Vaccination in Bombay 1902-1912 - 1902-1912
Year: 1902
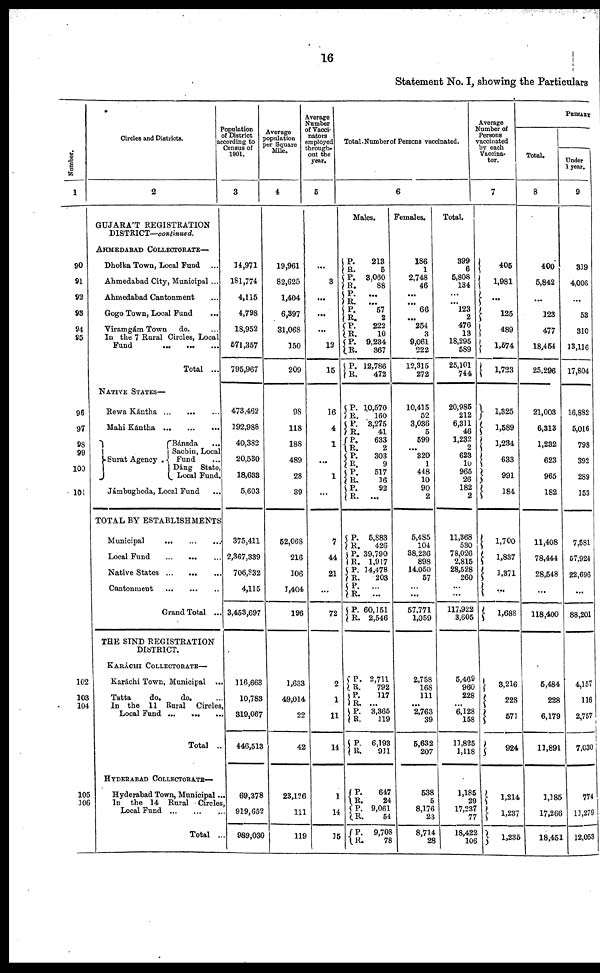
16
Statement No. I, showing the Particulars
Number.
1
90
91
92
93
94
95
96
97
98
99
100
101
102
103
104
105
106
Circles and Districts.
2
GUJARÁT REGISTRATION
DISTRICT—continued.
AHMEDABAD COLLECTORATE—
Dholka Town, Local Fund ...
Ahmedabad City, Municipal ...
Ahmedabad Cantonment ...
Gogo Town, Local Fund ...
Viramgám Town
do. ...
In the 7 Rural Circles, Local
Fund
...
...
...
Total ...
NATIVE STATES—
Rewa Kántha ... ... ...
Mahi Kántha
...
...
...
Surat Agency .
Bánsda ...
Sachin, Local
Fund ...
Dáng State,
Local Fund.
Jámbughoda, Local Fund
...
TOTAL BY ESTABLISHMENTS
Municipal
...
...
...
Local Fund
...
...
...
Native States
...
...
...
Cantonment
...
...
...
Grand Total ...
THE SIND REGISTRATION
DISTRICT.
KARÁCHI COLLECTORATE—
Karáchi Town, Municipal ...
Tatta
do.
do. ...
In the 11 Rural Circles,
Local Fund ... ... ...
Total ...
HYDERABAD COLLECTORATE—
Hyderabad Town, Municipal ...
In the 14 Rural Circles,
Local Fund ... ... ...
Total ...
Population
of District
according to
Census of
1901.
3
14,971
181,774
4,115
4,798
18,952
571,357
795,967
473,462
192,988
40,382
20,530
18,633
5,603
375,411
2,367,339
706,832
4,115
3,453,697
116,663
10,783
319,067
446,513
69,378
919,652
989,030
Average
population
per Square
Mile.
4
19,961
82,625
1,404
6,397
31,068
150
209
98
118
188
489
28
39
52,068
216
106
1,404
196
1,633
49,014
22
42
23,126
111
119
Average
Number
of Vacci-
nators
employed
through-
out the
year.
5
...
3
...
...
...
12
15
16
4
1
...
1
...
7
44
21
...
72
2
1
11
14
1
14
15
Total Number of Persons vaccinated.
6
Males.
P. R.
P. R.
P.
R.
P.
R.
P.
R. P.
R.
P.
R.
P.
R. P.
R. P.
R.
P.
R. P.
R.
P.
R.
P.
R. P.
R.
P.
R. P.
R.
P.
R.
P.
R.
P.
R.
P.
R.
P.
R.
P.
R.
P.
R.
P.
R.
213
5
3,060
88
...
...
57
2
222
10
9,234
367
12,786
472
10,570
160
3,275
41
633
2
303
9
517
16
92
...
5,883
426
39,790
1,917
14,478
203
... ...
60,151
2,546
2,711
792
117
...
3,365
119
6,193
911
647
24
9,061
54
9,708
78
Females.
186
1
2,748
46
...
...
66
...
254
3
9,061
222
12,315
272
10,415
52
3,036
5
599
...
320
1
448
10
90
2
5,485
104
38,236
898
14,050
57
... ...
57,771
1,059
2,758
168
111
...
2,763
39
5,632
207
538
5
8,176
23
8,714
28
Total.
399
6
5,808
134
...
...
123
2
476
13
18,295
589
25,101
744
20,985
212
6,311
46
1,232
2
623
10
965
26
182
2
11,368
530
78,026
2,815
28,528
260
... ...
117,922
3,605
5,469
960
228
...
6,128
158
11,825
1,118
1,185
29
17,237
77
18,422
106
Average
Number of
Persons
vaccinated
by each
Vaccina-
tor.
7
405
1,981
...
125
489
1,574
1,723
1,325
1,589
1,234
633
991
184
1,700
1,837
1,371
...
1,688
3,216
228
571
924
1,214
1,237
1,235
PRIMARY
Total.
8
400
5,842
...
123
477
18,454
25,296
21,003
6,313
1,232
623
965
182
11,408
78,444
28,548
...
118,400
5,484
228
6,179
11,891
1,185
17,266
18,451
Under
1 year.
9
319
4,006
...
53
310
13,116
17,804
16,882
5,016
798
392
289
153
7,581
57,924
22,696
...
88,201
4,157
116
2,757
7,030
774
11,279
12,053